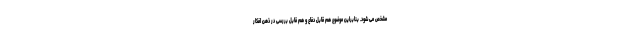
مشخص می شود. بنابراین موضوع هم قابل دفاع و هم قابل بررسی در ذهن افکار